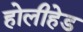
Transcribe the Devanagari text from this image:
होलीहेड